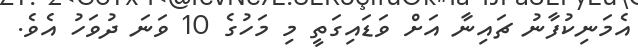
އެމަނިކުފާނު ޗައިނާ އަށް ވަޑައިގަތީ މި މަހުގެ 10 ވަނަ ދުވަހު އެވެ.